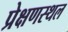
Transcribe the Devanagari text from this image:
प्रेक्षणस्थल